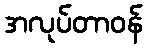
အလုပ်တာဝန်